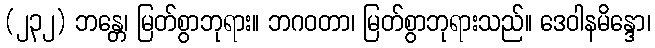
(၂၃၂) ဘန္တေ၊ မြတ်စွာဘုရား။ ဘဂဝတာ၊ မြတ်စွာဘုရားသည်။ ဒေဝါနမိန္ဒော၊